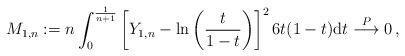
\begin{align*}M_{1,n}:= n \int_0^{\frac{1}{n+1}}\left[Y_{1,n}-\ln\left(\frac{t}{1-t}\right)\right]^2 6t(1-t)\mathrm{d}t\;\smash{\mathop{\longrightarrow}\limits^{ P}}\; 0\,,\end{align*}